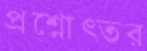
প্রশ্নোত্তর